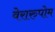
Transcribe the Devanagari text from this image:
वेरारुपोम